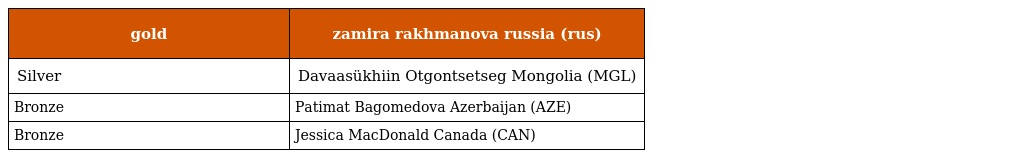
| gold | zamira rakhmanova russia (rus) |
 | --- | --- |
 | Silver | Davaasükhiin Otgontsetseg Mongolia (MGL) |
 | Bronze | Patimat Bagomedova Azerbaijan (AZE) |
 | Bronze | Jessica MacDonald Canada (CAN) |